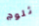
ثلوج